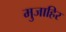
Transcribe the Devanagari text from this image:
मुजाहिर